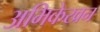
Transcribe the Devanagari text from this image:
अभिकेखन